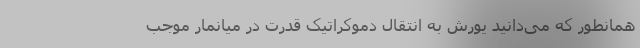
همانطور که می‌دانید یورش به انتقال دموکراتیک قدرت در میانمار موجب